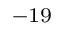
^ { - 1 9 }